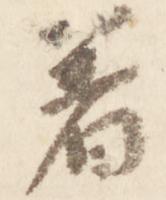
着